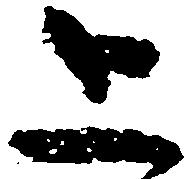
上